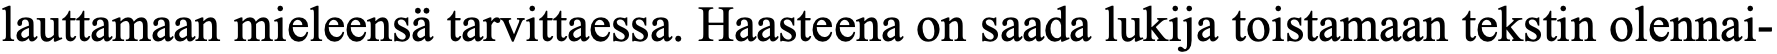
lauttamaan mieleensä tarvittaessa. Haasteena on saada lukija toistamaan tekstin olennai-